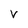
Character: V